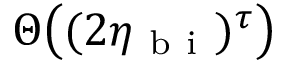
\Theta \big ( ( 2 \eta _ { \mathrm { ~ b ~ i ~ } } ) ^ { \tau } \big )